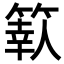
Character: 𥱩